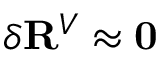
\delta \mathbf { R } ^ { V } \approx \mathbf { 0 }